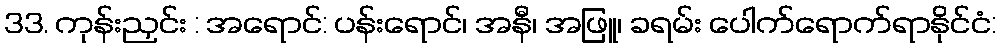
33. ကုန်းညှင်း : အရောင်: ပန်းရောင်၊ အနီ၊ အဖြူ၊ ခရမ်း ပေါက်ရောက်ရာနိုင်ငံ: